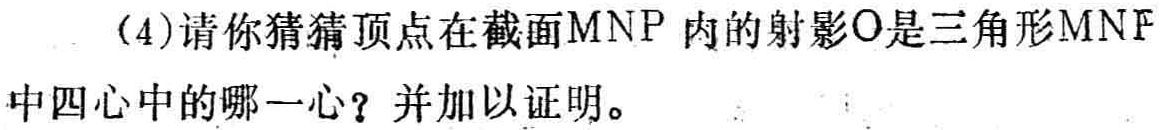
(4)请你猜猜顶点在截面\(MNP\)内的射影\(O\)是三角形\(MNP\)中四心中的哪一心？并加以证明。